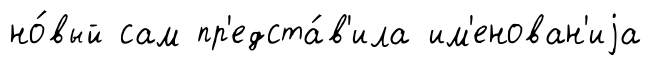
но́вый сам пр'едста́в'ила им'енован'иjа